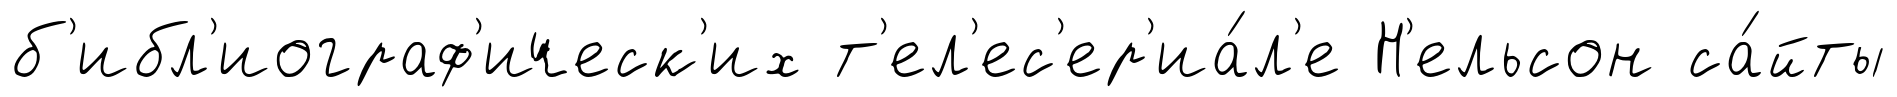
б'ибл'иограф'ическ'их т'ел'ес'ер'иа́л'е Н'ельсон са́йты